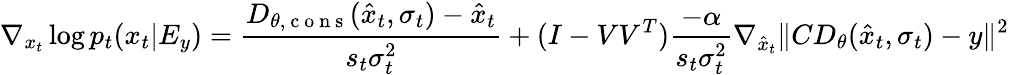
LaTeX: \nabla_{x_{t}}\log{p_{t}(x_{t}|E_{y})}=\frac{D_{\theta,\mathrm{~c~o~n~s~}}(\hat{x}_{t},\sigma_{t})-\hat{x}_{t}}{s_{t}\sigma_{t}^{2}}+(I-VV^{T})\frac{-\alpha}{s_{t}\sigma_{t}^{2}}\nabla_{\hat{x}_{t}}\| CD_{\theta}(\hat{x}_{t},\sigma_{t})-y\| ^{2}